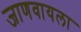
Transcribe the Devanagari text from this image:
जाणवायला